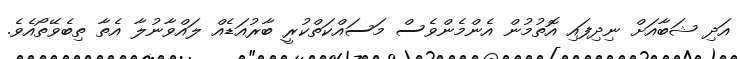
އަދި ޝަބާއަށް ނިދިފައި އޮތުމުން އެންމެންވެސް މަސައްކަތްކުރީ ބާރުއަޑެއް ލައްވާނުލާ އެތާ ތިބެވޭތޯއެވެ.